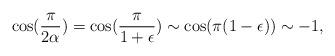
LaTeX: \begin{align*}\cos(\frac{\pi}{2\alpha})=\cos(\frac{\pi}{1+\epsilon})\sim \cos(\pi(1-\epsilon))\sim -1,\end{align*}